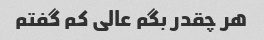
هر چقدر بگم عالی کم گفتم